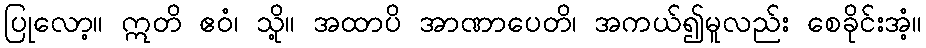
ပြုလော့။ ဣတိ ဧဝံ၊ သို့။ အထာပိ အာဏာပေတိ၊ အကယ်၍မူလည်း စေခိုင်းအံ့။